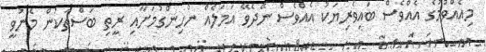
މިއެއްވުމުގެ އެއްވެސް ބައިވެރިޔަކު އެއްވެސް ނޭދެވޭ އަމަލެއް ނުހިންގުމަށާއި ރީތި ބަސްތަކުން މެނުވީ